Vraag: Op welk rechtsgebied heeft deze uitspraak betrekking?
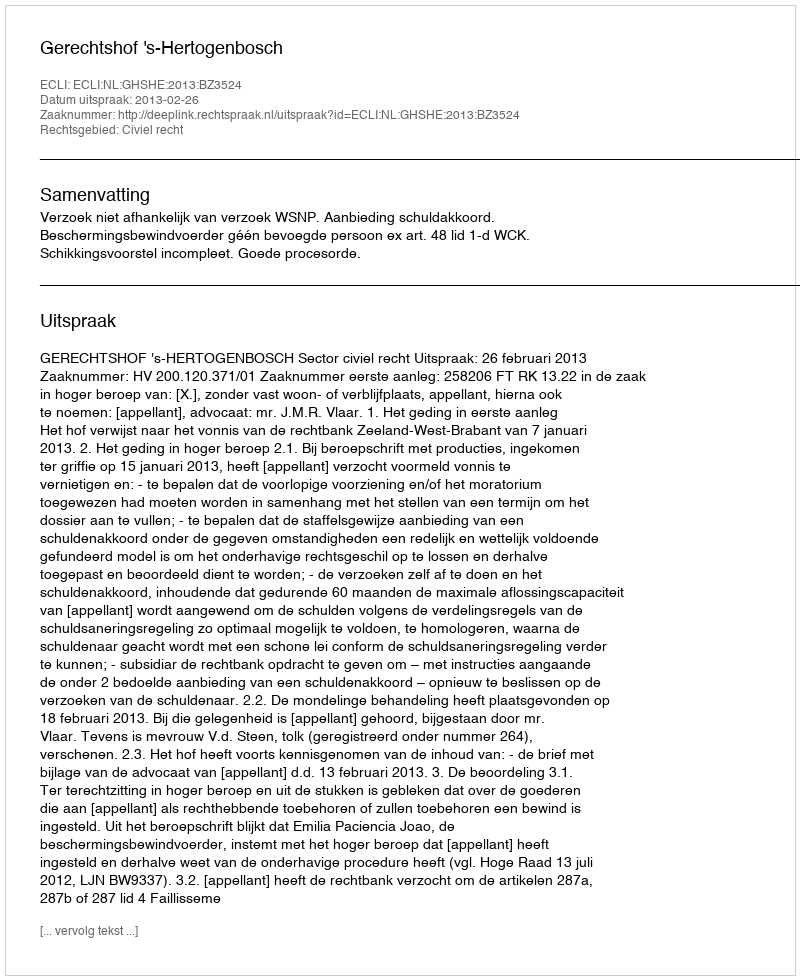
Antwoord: Civiel recht